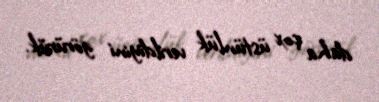
daha çox üstünlük verildiyini görürük.